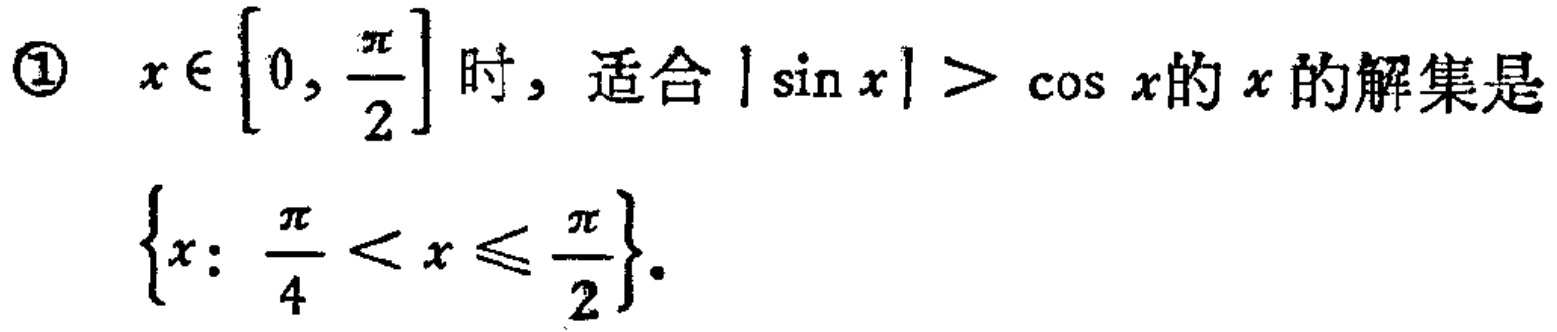
\textcircled{1} \(x\in\left[0,\frac{\pi}{2}\right]\) 时，适合 \(|\sin x|>\cos x\) 的 \(x\) 的解集是 \(\left\{x:\frac{\pi}{4}<x\leqslant\frac{\pi}{2}\right\}\)．